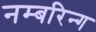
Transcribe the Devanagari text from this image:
नम्बरिन्ग